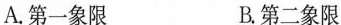
A.第一象限 B.第二象限